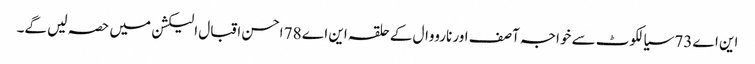
این اے 73 سیالکوٹ سے خواجہ آصف اور نارووال کے حلقہ این اے 78 احسن اقبال الیکشن میں حصہ لیں گے۔